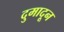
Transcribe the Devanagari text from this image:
दुमादून